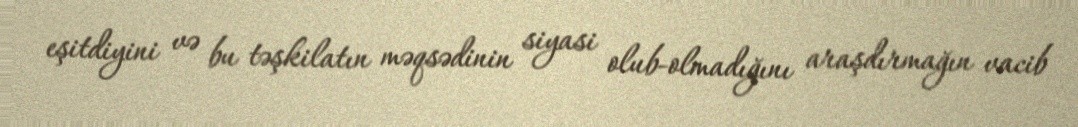
eşitdiyini və bu təşkilatın məqsədinin siyasi olub-olmadığını araşdırmağın vacib